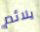
يلائم